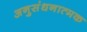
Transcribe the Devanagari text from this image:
अनुसंधनात्मक